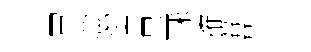
買茲皆呈珠搉#